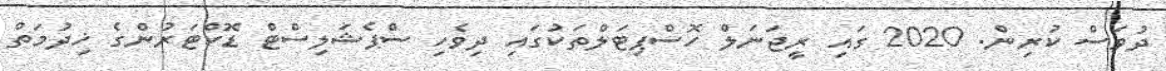
ދުވަސް ކުރިން. 2020 ގައި ރީޖަނަލް ހޮސްޕިޓަލްތަކުގައި ދިވެހި ސްޕެޝަލިސްޓް ޑޮކްޓަރުންގެ ޚިދުމަތް